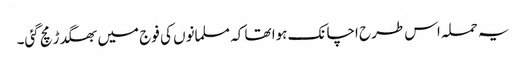
یہ حملہ اس طرح اچانک ہوا تھا کہ مسلمانوں کی فوج میں بھگدڑ مچ گئی۔